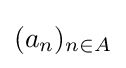
{\textstyle (a_{n})_{n\in A}}